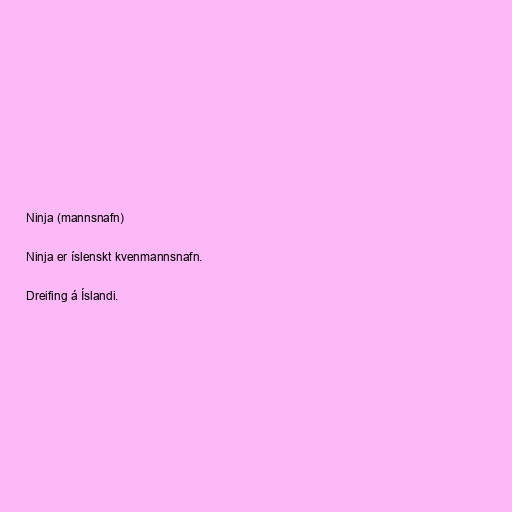
Ninja (mannsnafn)

Ninja er íslenskt kvenmannsnafn.

Dreifing á Íslandi.